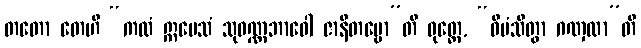
တတော တေဟိ “ကထံ ဣမေသံ သုဝဏ္ဏဘာဝေါ ဇာနိတဗ္ဗော”တိ ဝုတ္တေ, “ဝီမံသိတွာ ဂဏှထာ”တိ